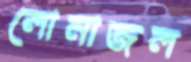
লোনাজল